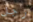
رجل